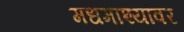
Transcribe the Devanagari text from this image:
मधमाश्यांवर